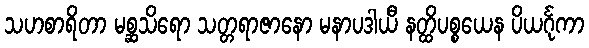
သဟစာရိတာ မစ္ဆသိရော သတ္တရာဇာနော မနာပဒါယီ နတ္ထိပစ္စယေန ပိယင်္ဂုကာ